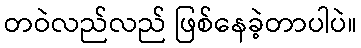
တဝဲလည်လည် ဖြစ်နေခဲ့တာပါပဲ။